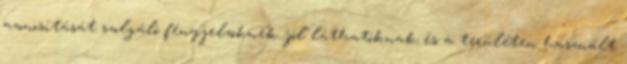
azonosítását szolgáló fényjelzõknek jól láthatóknak és a területen használt